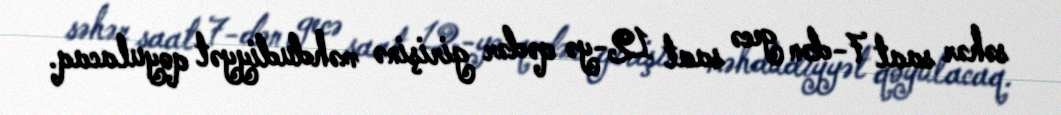
səhər saat 7-dən gecə saat 12-yə qədər girişinə məhdudiyyət qoyulacaq.